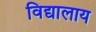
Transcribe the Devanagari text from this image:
विद्यालाय